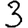
Digit: 3